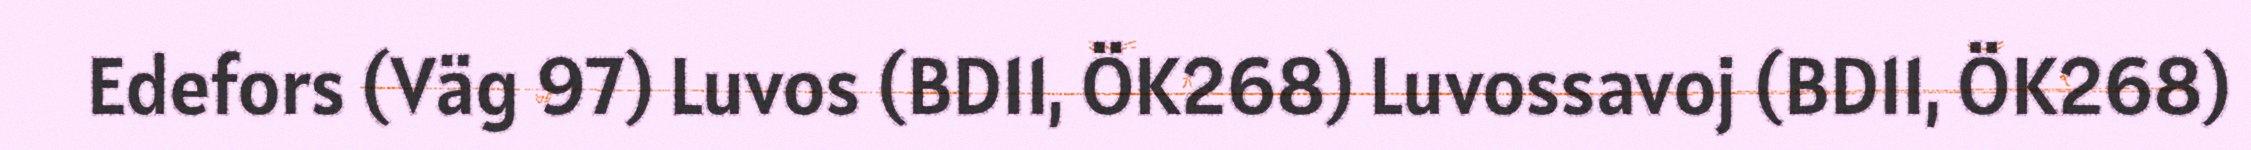
Edefors (Väg 97) Luvos (BD11, ÖK268) Luvossavoj (BD11, ÖK268)